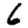
Digit: 6